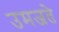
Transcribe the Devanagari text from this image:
उमजते